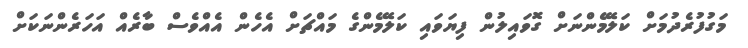
މަގުފުރެދުމަށް ކަލޭމެންނަށް ގޮވައިލުން ފިޔަވައި ކަލޭމެންގެ މައްޗަށް އެހެން އެއްވެސް ބާރެއް އަހަރެންނަކަށް